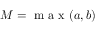
{ M = \mathrm { ~ m ~ a ~ x ~ } ( a , b ) }